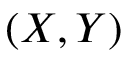
( X , Y )